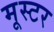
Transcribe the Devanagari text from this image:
मूस्टर